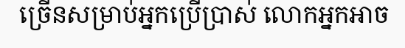
ច្រើនសម្រាប់អ្នកប្រើប្រាស់ លោកអ្នកអាច